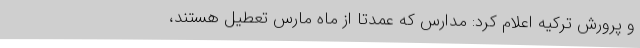
و پرورش ترکیه اعلام کرد: مدارس که عمدتاً از ماه مارس تعطیل هستند،